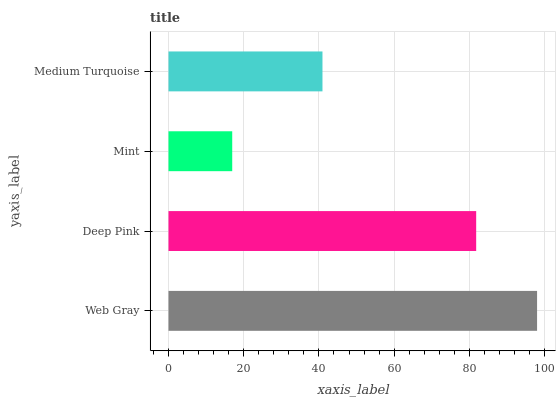
| yaxis_label | bars |
 | --- | --- |
 | Web Gray | 98 |
 | Deep Pink | 81.8 |
 | Mint | 16.9 |
 | Medium Turquoise | 40.9 |